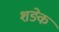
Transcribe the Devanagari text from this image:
शङ्के